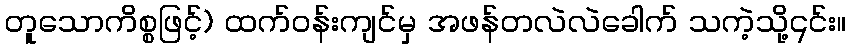
တူသောကိစ္စဖြင့်) ထက်ဝန်းကျင်မှ အဖန်တလဲလဲခေါက် သကဲ့သို့၎င်း။